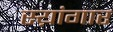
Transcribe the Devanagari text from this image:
स्य़ांगार